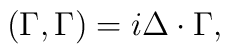
(\Gamma, \Gamma) = i \Delta \cdot \Gamma,